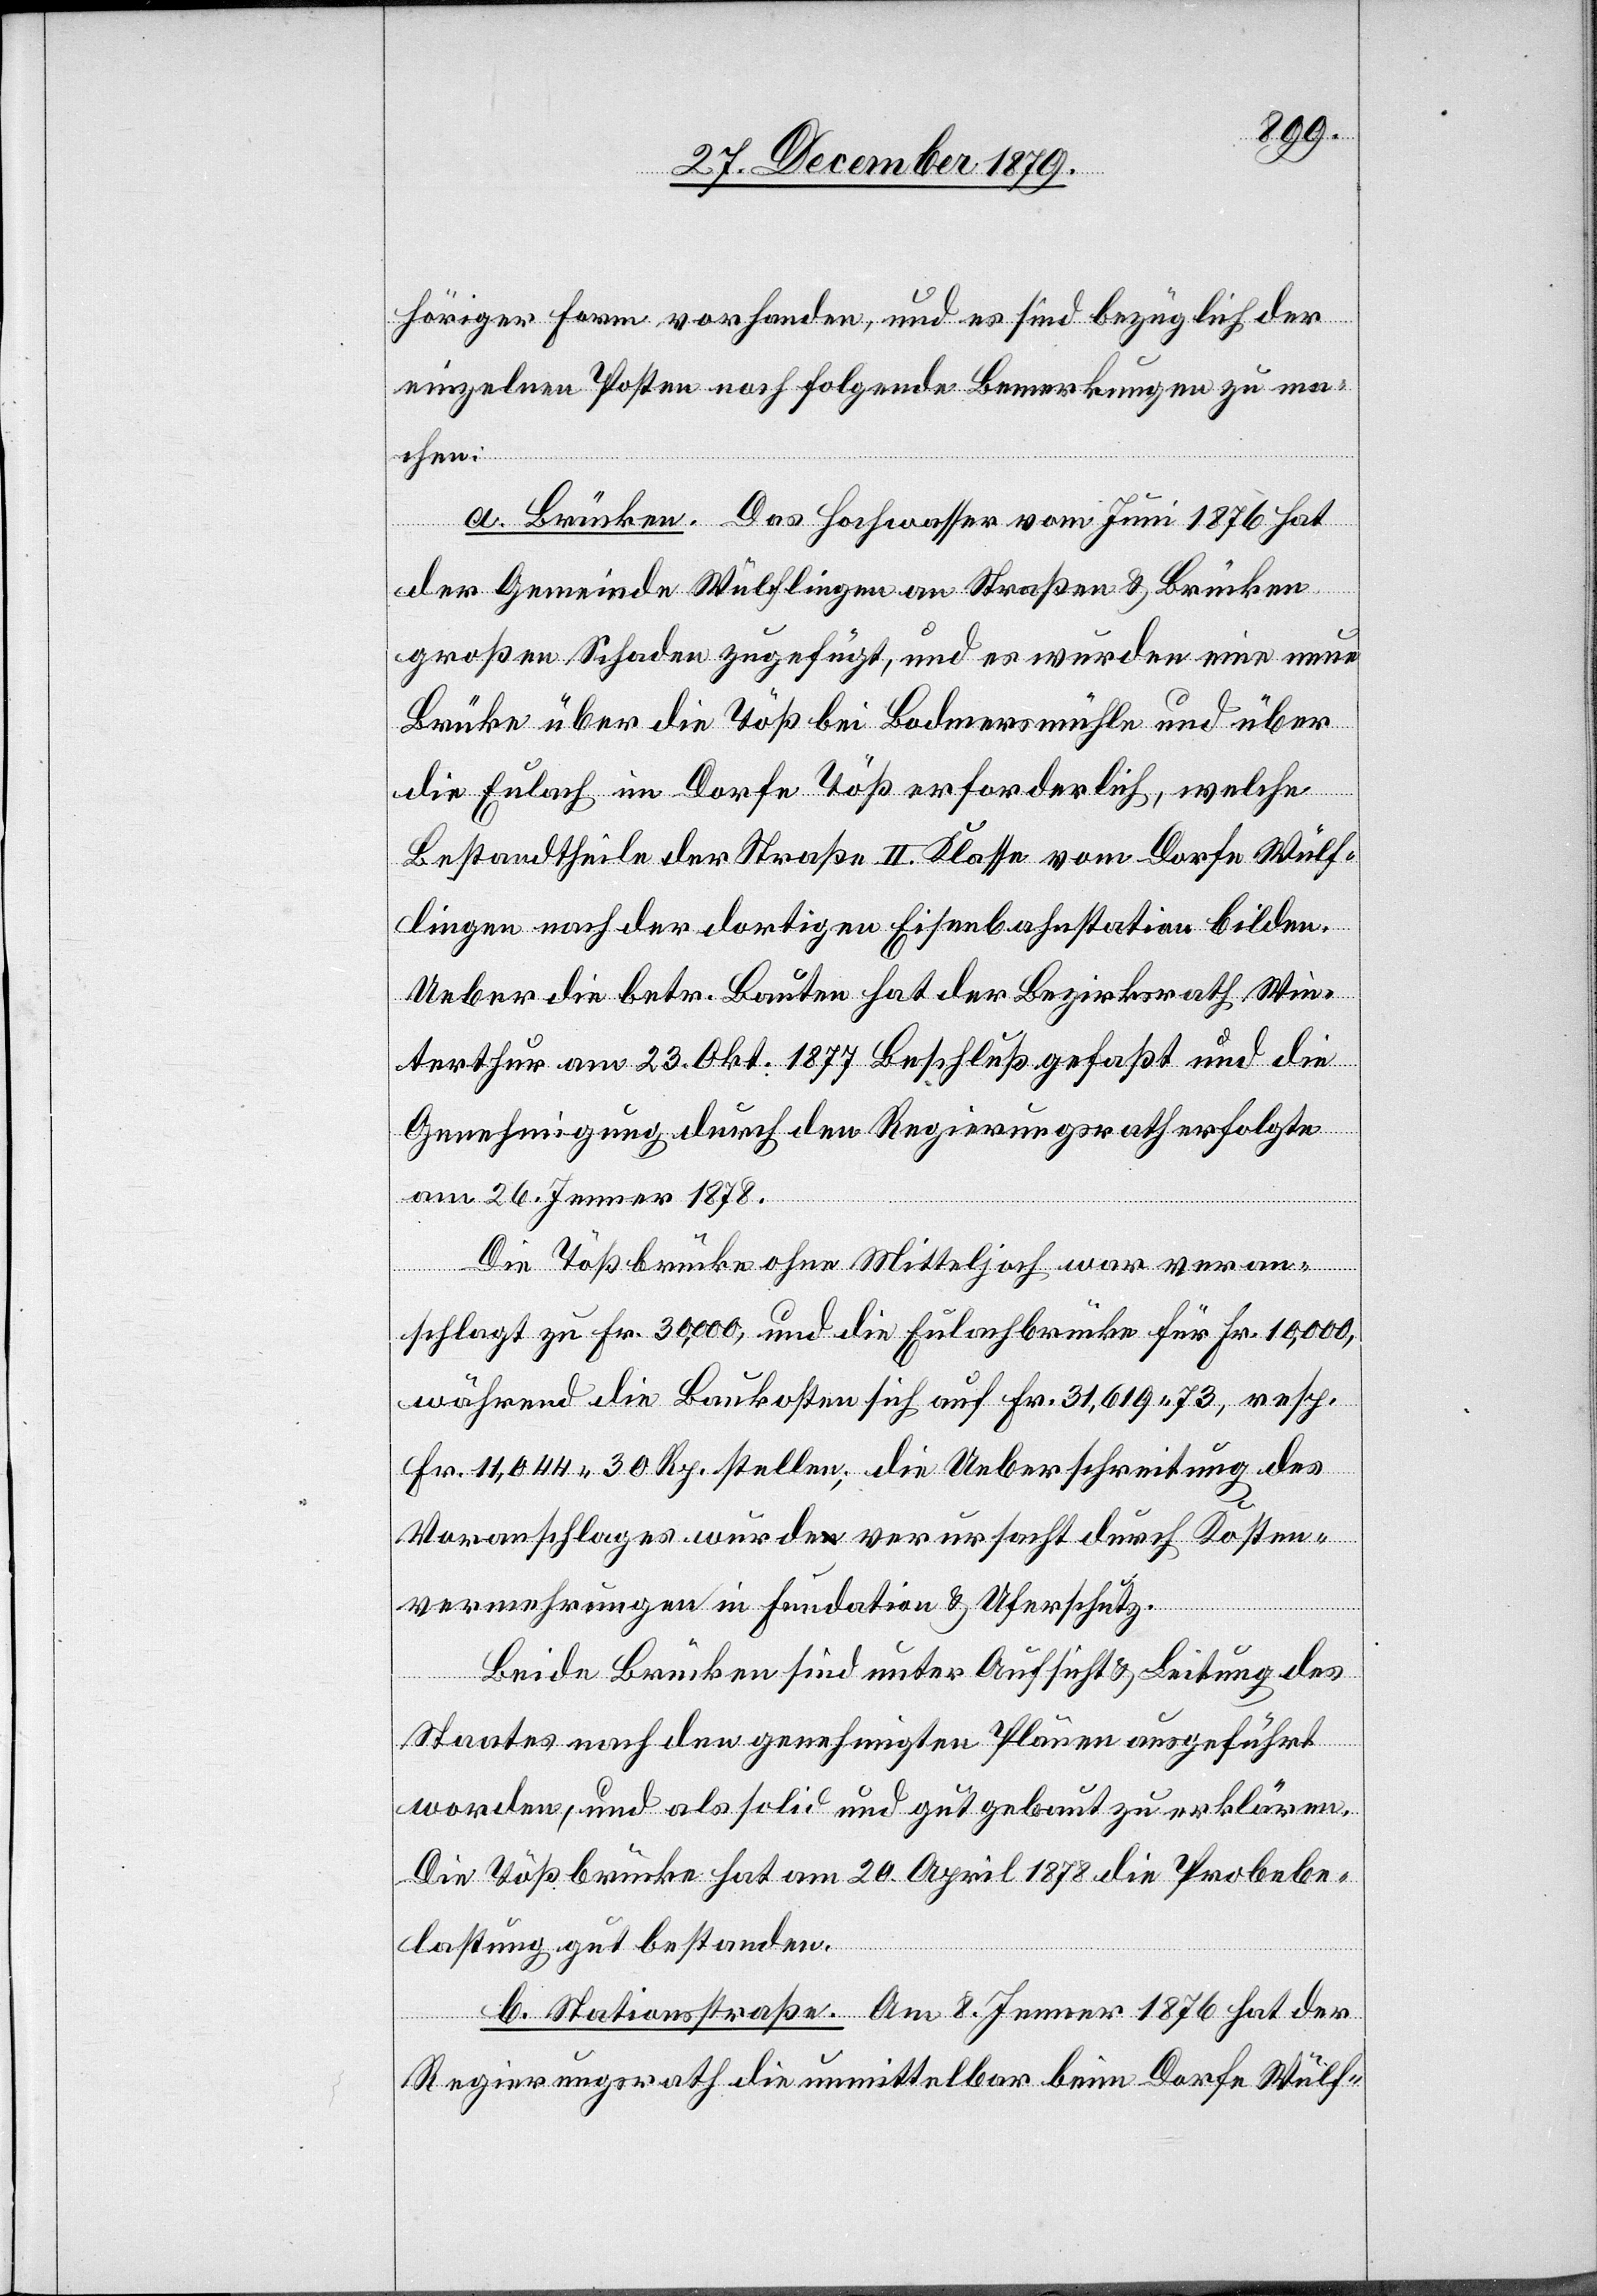
höriger Form vorhanden, und es sind bezüglich der
einzelnen Posten noch folgende Bemerkungen zu ma¬
chen:
a. Brücken. Das Hochwasser vom Juni 1876 hat
der Gemeinde Wülflingen an Straßen & Brücken
großen Schaden zugefügt, und es wurden eine neue
Brücke über die Töß bei Bodmersmühle und über
die Eulach im Dorfe Töß erforderlich, welche
Bestandtheile der Straße II. Klasse vom Dorfe Wülf¬
lingen nach der dortigen Eisenbahnstation bilden.
Ueber die betr. Bauten hat der Bezirksrath Win¬
terthur am 23. Okt. 1877 Beschluß gefaßt und die
Genehmigung durch den Regierungsrath erfolgte
am 26. Jenner 1878.
Die Tößbrücke ohne Mitteljoch war veran¬
vermehrungen in Fundation & Uferschutz.
Kosten¬
Beide Brücken sind unter Aufsicht & Leitung des
Staates nach den genehmigten Plänen ausgeführt
worden, und als solid und gut gebaut zu erklären.
Die Tößbrücke hat am 20. April 1878 die Probebe¬
lastung gut bestanden.
b. Stationsstraße. Am 8. Jenner 1876 hat der
Regierungsrath die unmittelbar beim Dorfe Wülf-